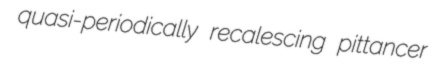
quasi-periodically recalescing pittancer